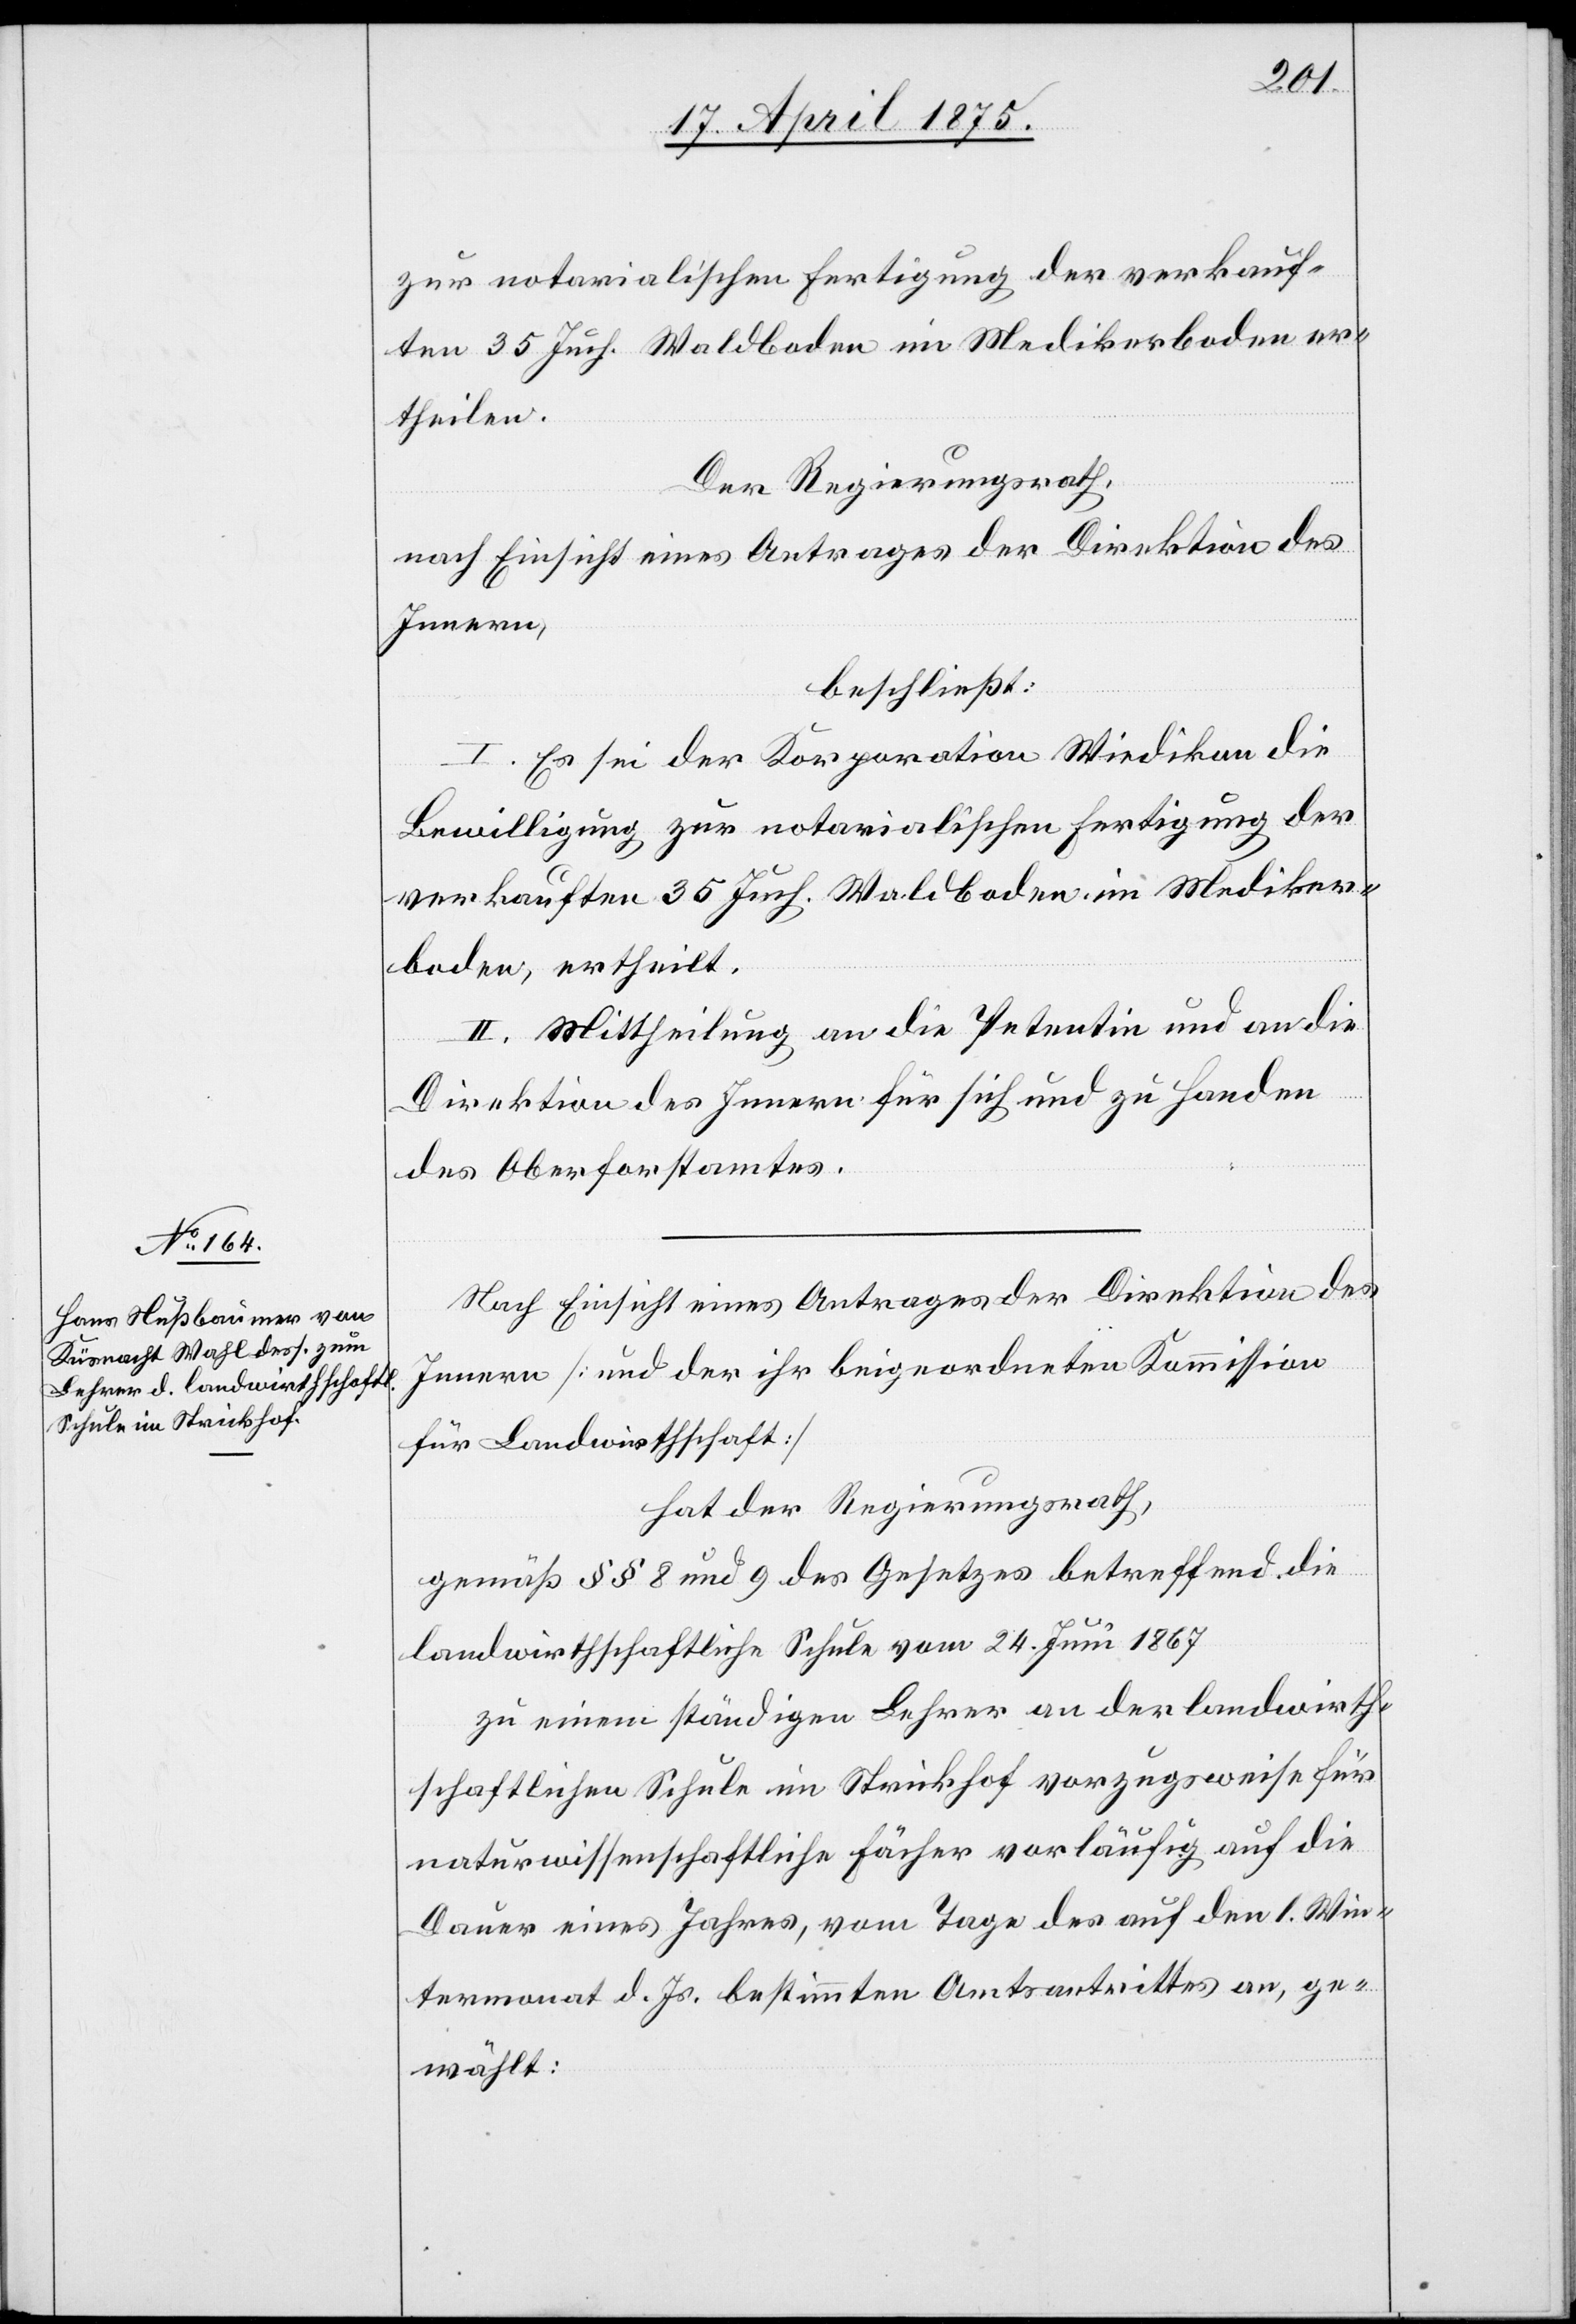
zur notarialischen Fertigung der verkauf¬
ten 35 Juch. Waldboden im Medikerboden er¬
theilen.
Der Regierungsrath,
nach Einsicht eines Antrages der Direktion des
Innern,
beschließt:
I. Es sei der Korporation Wiedikon die
Bewilligung zur notarialischen Fertigung der
verkauften 35 Juch. Waldboden im Mediker¬
boden, ertheilt.
II. Mittheilung an die Petentin und an die
Direktion des Innern für sich und zu Handen
des Oberforstamtes.
Nach Einsicht eines Antrages der Direktion des
Innern [und der ihr beigeordneten Kommission
für Landwirthschaft]
hat der Regierungsrath,
gemäß §§ 8 und 9 des Gesetzes betreffend die
landwirthschaftliche Schule vom 24. Juni 1867
zu einem ständigen Lehrer an der landwirth¬
schaftlichen Schule im Strickhof vorzugsweise für
naturwissenschaftliche Fächer vorläufig auf die
Dauer eines Jahres, vom Tage des auf den 1. Win¬
termonat d. Js. bestimmten Amtsantrittes an, ge¬
wählt: